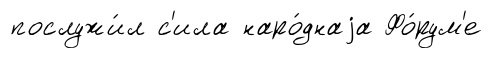
послужи́л с'ила наро́днаjа Фо́рум'е